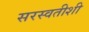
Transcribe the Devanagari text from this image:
सरस्वतीशी